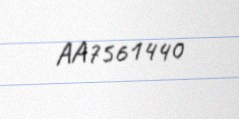
AA7561440